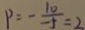
P = - \frac { 1 0 } { - 5 } = 2